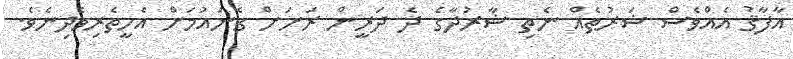
އާފާޤު އެއްވެސް ޝަރުޠެއް ނެތި ޝާރުދާގެ ދެ ދަރީން ރަށަށް ގެނައުމަށް އެހީތެރިވެދިނެވެ.